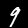
Label: 9